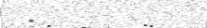
: